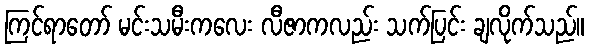
ကြင်ရာတော် မင်းသမီးကလေး လီဇာကလည်း သက်ပြင်း ချလိုက်သည်။